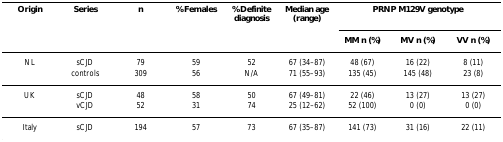
| Origin | Series | n | % Females | % Definite diagnosis | Median age (range) | <COLSPAN=3> PRNP M129V genotype |
 |  |  |  |  |  |  | MM n (%) | MV n (%) | VV n (%) |
 | --- | --- | --- | --- | --- | --- | --- | --- | --- |
 | NL | sCJD | 79 | 59 | 52 | 67 (34–87) | 48 (67) | 16 (22) | 8 (11) |
 |  | controls | 309 | 56 | N/A | 71 (55–93) | 135 (45) | 145 (48) | 23 (8) |
 | UK | sCJD | 48 | 58 | 50 | 67 (49–81) | 22 (46) | 13 (27) | 13 (27) |
 |  | vCJD | 52 | 31 | 74 | 25 (12–62) | 52 (100) | 0 (0) | 0 (0) |
 | Italy | sCJD | 194 | 57 | 73 | 67 (35–87) | 141 (73) | 31 (16) | 22 (11) |